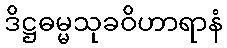
ဒိဋ္ဌဓမ္မသုခဝိဟာရာနံ